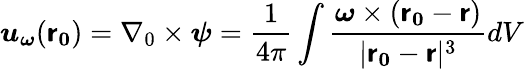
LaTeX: \boldsymbol{u_{\omega}}(\boldsymbol{\mathsf{r}_{0}})=\nabla_{0}\times\boldsymbol{\psi}=\frac{{1}}{{4\pi}}\int\frac{{\boldsymbol{\omega}\times(\boldsymbol{\mathsf{r}_{0}}-\boldsymbol{\mathsf{r}})}}{{|\boldsymbol{\mathsf{r}_{0}}-\boldsymbol{\mathsf{r}}|^{3}}}dV